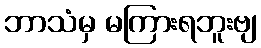
ဘာသံမှ မကြားရဘူးဗျ